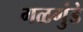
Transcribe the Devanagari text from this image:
गळगुंडे